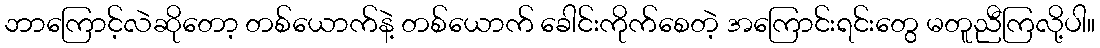
ဘာကြောင့်လဲဆိုတော့ တစ်ယောက်နဲ့ တစ်ယောက် ခေါင်းကိုက်စေတဲ့ အကြောင်းရင်းတွေ မတူညီကြလို့ပါ။